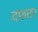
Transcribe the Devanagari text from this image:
दफतर